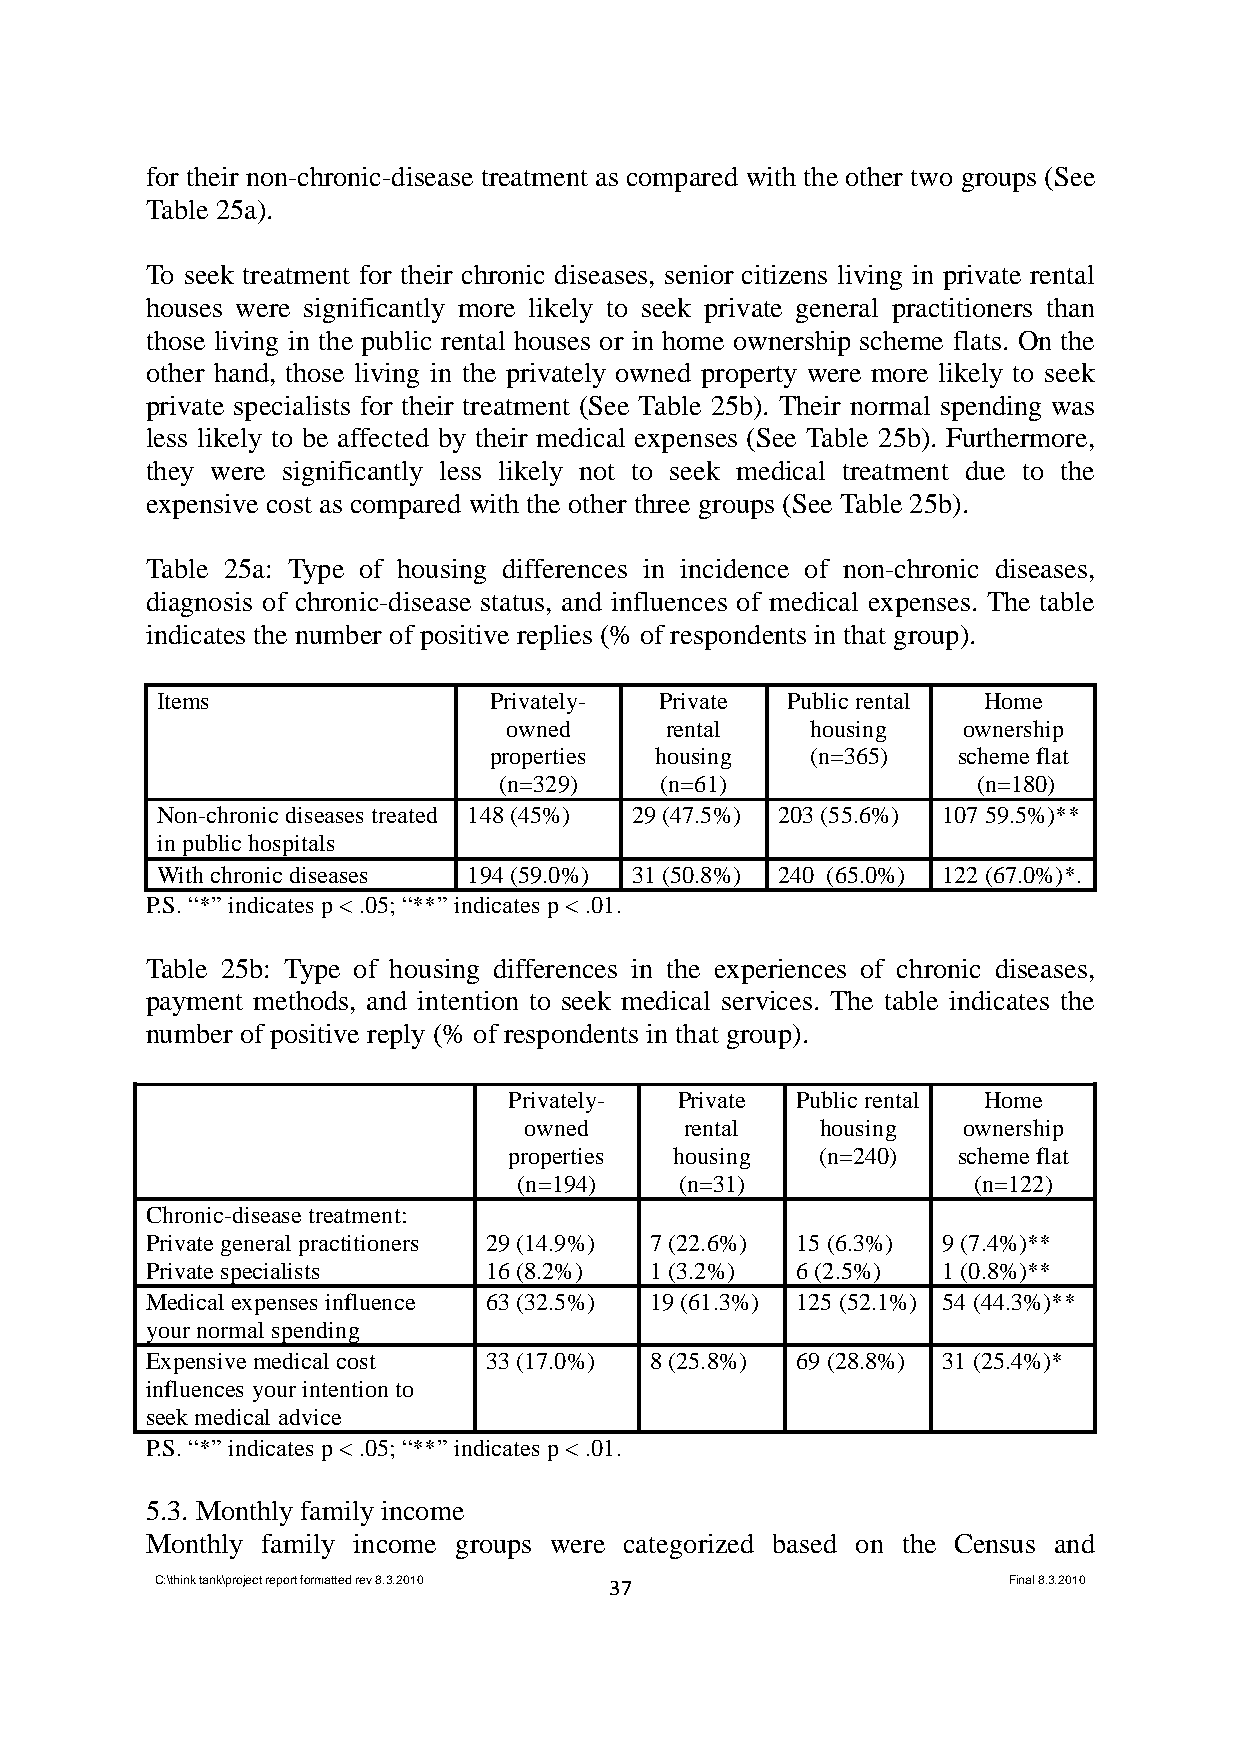
for their non-chronic-disease treatment as compared with the other two groups (See
 Table 25a).
 To seek treatment for their chronic diseases, senior citizens living in private rental
 houses were significantly more likely to seek private general practitioners than
 those living in the public rental houses or in home ownership scheme flats. On the
 other hand, those living in the privately owned property were more likely to seek
 private specialists for their treatment (See Table 25b). Their normal spending was
 less likely to be affected by their medical expenses (See Table 25b). Furthermore,
 they were significantly less likely not to seek medical treatment due to the
 expensive cost as compared with the other three groups (See Table 25b).
 Table 25a: Type of housing differences in incidence of non-chronic diseases,
 diagnosis of chronic-disease status, and influences of medical expenses. The table
 indicates the number of positive replies (% of respondents in that group).
 Items                 Privately-  Private Public rental Home
 owned     rental    housing   ownership
 properties housing    (n=365)  scheme flat
 (n=329)    (n=61)               (n=180)
 Non-chronic diseases treated 148 (45%) 29 (47.5%) 203 (55.6%) 107 59.5%)**
 in public hospitals
 With chronic diseases 194 (59.0%) 31 (50.8%) 240 (65.0%) 122 (67.0%)*.
 P.S. “*” indicates p < .05; “**” indicates p < .01.
 Table 25b: Type of housing differences in the experiences of chronic diseases,
 payment methods, and intention to seek medical services. The table indicates the
 number of positive reply (% of respondents in that group).
 Privately- Private Public rental Home
 owned     rental   housing   ownership
 properties housing  (n=240)  scheme flat
 (n=194)    (n=31)             (n=122)
 Chronic-disease treatment:
 Private general practitioners 29 (14.9%) 7 (22.6%) 15 (6.3%) 9 (7.4%)**
 Private specialists   16 (8.2%)  1 (3.2%)  6 (2.5%) 1 (0.8%)**
 Medical expenses influence 63 (32.5%) 19 (61.3%) 125 (52.1%) 54 (44.3%)**
 your normal spending
 Expensive medical cost 33 (17.0%) 8 (25.8%) 69 (28.8%) 31 (25.4%)*
 influences your intention to
 seek medical advice
 P.S. “*” indicates p < .05; “**” indicates p < .01.
 5.3. Monthly family income
 Monthly family income groups were categorized based on the Census and
 C:\think tank\project report formatted rev 8.3.2010 37   Final 8.3.2010